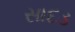
સાદડ